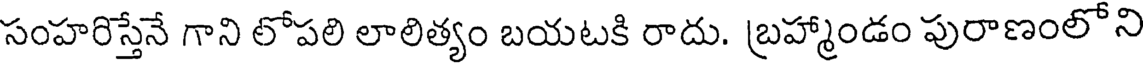
సంహరిస్తేనే గాని లోపలి లాలిత్యం బయటకి రాదు. బ్రహ్మాండం పురాణంలోని